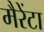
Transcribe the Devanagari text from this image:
मैरेंटा